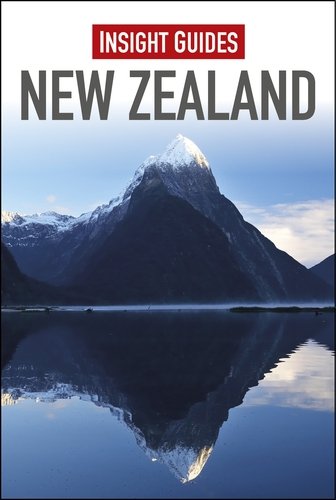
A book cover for Insight Guides: New Zealand; Insight Guides; Travel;